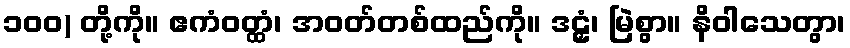
၁၀၀) တို့ကို။ ဧကံဝတ္ထံ၊ အဝတ်တစ်ထည်ကို။ ဒဠှံ၊ မြဲစွာ။ နိဝါသေတွာ၊